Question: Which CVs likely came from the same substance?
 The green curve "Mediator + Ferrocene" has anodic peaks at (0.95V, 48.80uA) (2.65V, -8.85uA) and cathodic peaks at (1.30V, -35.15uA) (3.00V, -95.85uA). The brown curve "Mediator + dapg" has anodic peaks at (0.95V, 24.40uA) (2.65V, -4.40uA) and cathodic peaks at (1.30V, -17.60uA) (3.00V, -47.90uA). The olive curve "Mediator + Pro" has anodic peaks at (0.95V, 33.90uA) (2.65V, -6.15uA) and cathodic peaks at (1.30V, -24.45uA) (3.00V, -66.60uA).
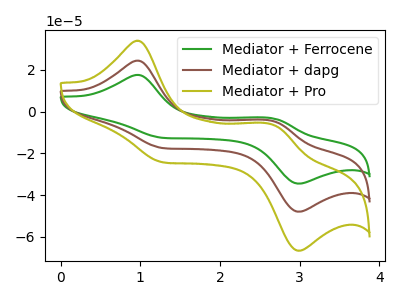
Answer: <think>All the peaks in "Mediator + Ferrocene" have a peak in "Mediator + dapg" at the same potential. All the peaks in "Mediator + Ferrocene" have a peak in "Mediator + Pro" at the same potential. All the peaks in "Mediator + dapg" have a peak in "Mediator + Pro" at the same potential.
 </think>
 <answer>"Mediator + Pro", "Mediator + Ferrocene" and "Mediator + dapg" have the same shape and are likely CV's of the same chemical.</answer>
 <eval>"Mediator + Pro" "Mediator + Ferrocene" "Mediator + dapg"</eval>